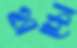
হ্যাচ্চো